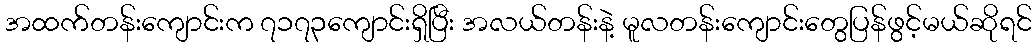
အထက်တန်းကျောင်းက ၇၁၇၃ကျောင်းရှိပြီး အလယ်တန်းနဲ့ မူလတန်းကျောင်းတွေပြန်ဖွင့်မယ်ဆိုရင်